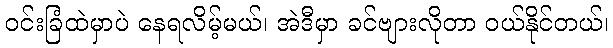
ဝင်းခြံထဲမှာပဲ နေရလိမ့်မယ်၊ အဲဒီမှာ ခင်ဗျားလိုတာ ဝယ်နိုင်တယ်၊